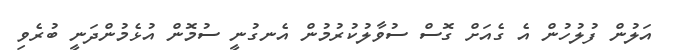
އަލުން ފުލުހުން އެ ގެއަށް ގޮސް ސުވާލުކުރުމުން އެނގުނީ ސުމޮން އުޅެމުންދަނީ ބުރެވި